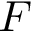
F